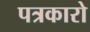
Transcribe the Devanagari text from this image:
पत्रकारो